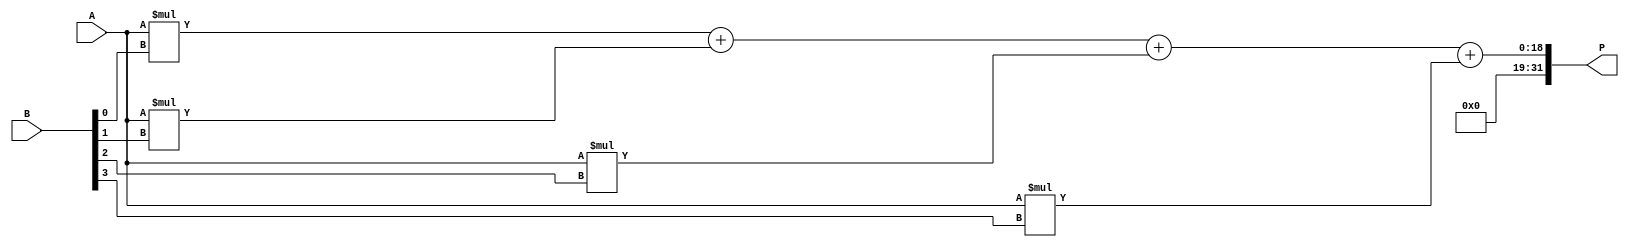
module parallel_booth_multiplier(
    input [15:0] A,
    input [15:0] B,
    output reg [31:0] P
);

reg [15:0] partial_products [3:0];

always @(*) begin
    partial_products[0] = A*B[0];
    partial_products[1] = A*B[1];
    partial_products[2] = A*B[2];
    partial_products[3] = A*B[3];
end

always @(*) begin
    P = partial_products[0] + partial_products[1] + partial_products[2] + partial_products[3];
end

endmodule